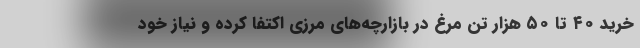
خرید ۴۰ تا ۵۰ هزار تن مرغ در بازارچه‌های مرزی اکتفا کرده و نیاز خود